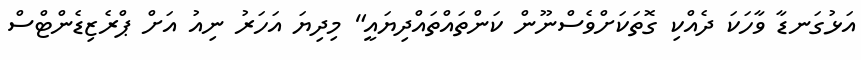
އަޅުގަނޑާ ވާހަކަ ދެއްކި ގޮތަކަށްވެސްނޫން ކަންތައްތައްދިޔައީ" މިދިޔަ އަހަރު ނިއު އަށް ޕްރެޒިޑެންޓްސް